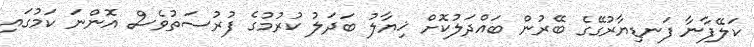
ކަލޭފާނާ ފަނޑިޔާރުގޭގެ ބޭރުން ބައްދަލުކޮށް ޚިޔާލު ބަދަލު ކުރުމުގެ ފުރުސަތުވެސް އޮންނަ ކަމުގައި